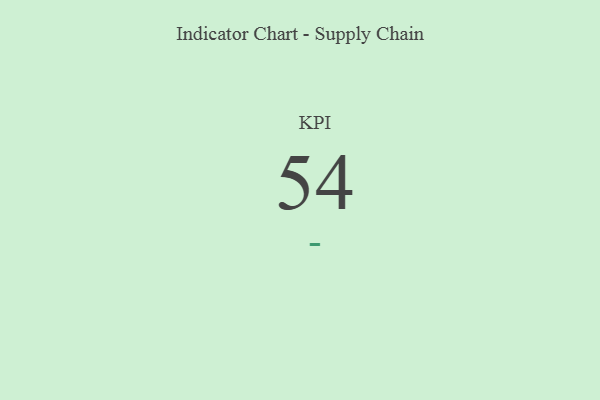
{"axis": {"x": "KPI", "y": "Value"}, "legend": [""], "data": [{"x": "KPI", "y": 54, "type": ""}]}